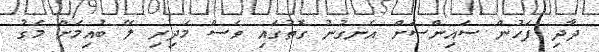
ދާދި ފަހުން ސައިންސަށް އެނގުނު ގޮތުގައި ވެސް މަދިރި ލޭ ބުއިމަށް މަގު